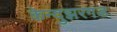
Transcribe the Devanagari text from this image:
केन्दुझरगड